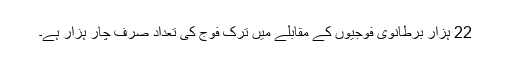
22 ہزار برطانوی فوجیوں کے مقابلے میں ترک فوج کی تعداد صرف چار ہزار ہے۔